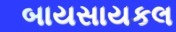
બાયસાયકલ